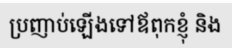
ប្រញាប់ឡើងទៅឪពុកខ្ញុំ និង